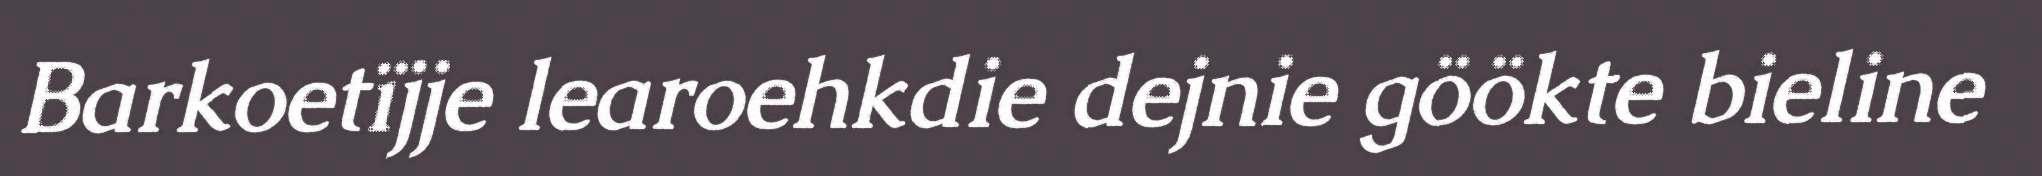
Barkoetïjje learoehkdie dejnie göökte bieline